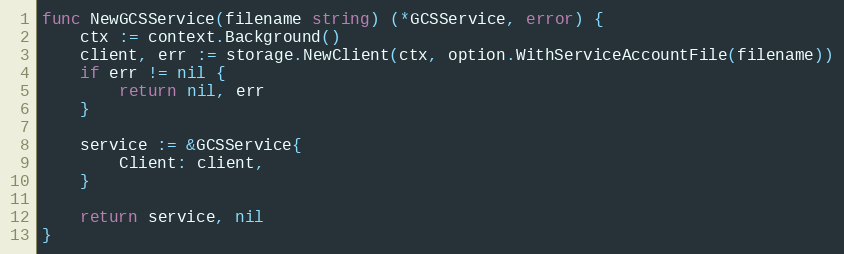
Language: Go
func NewGCSService(filename string) (*GCSService, error) {
	ctx := context.Background()
	client, err := storage.NewClient(ctx, option.WithServiceAccountFile(filename))
	if err != nil {
		return nil, err
	}

	service := &GCSService{
		Client: client,
	}

	return service, nil
}